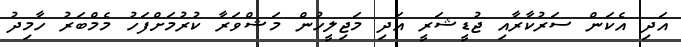
އަދި އެކަން ސަރުކާރާއި ޖުޑީޝަރީ އަދި މަޖިލީހުން މަޝްވަރާ ކުރުމަށްފަހު މެމްބަރު ހާމިދު